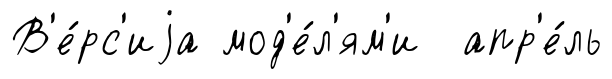
В'е́рс'иjа мод'е́л'ям'и апр'е́ль